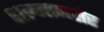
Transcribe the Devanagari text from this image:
शल्मानसेर